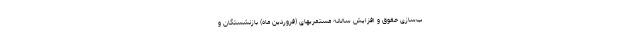
ب‌سازی حقوق و افزایش سالانه مستمریهای (فروردین ماه) بازنشستگان و